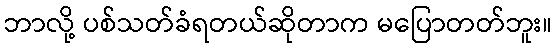
ဘာလို့ ပစ်သတ်ခံရတယ်ဆိုတာက မပြောတတ်ဘူး။